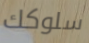
سلوكك